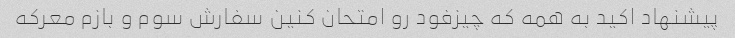
پیشنهاد اکید به همه که چیزفود رو امتحان کنین سفارش سوم و بازم معرکه